Annual administration report of the Civil Veterinary Department of India - 1897-1898
Year: 1897
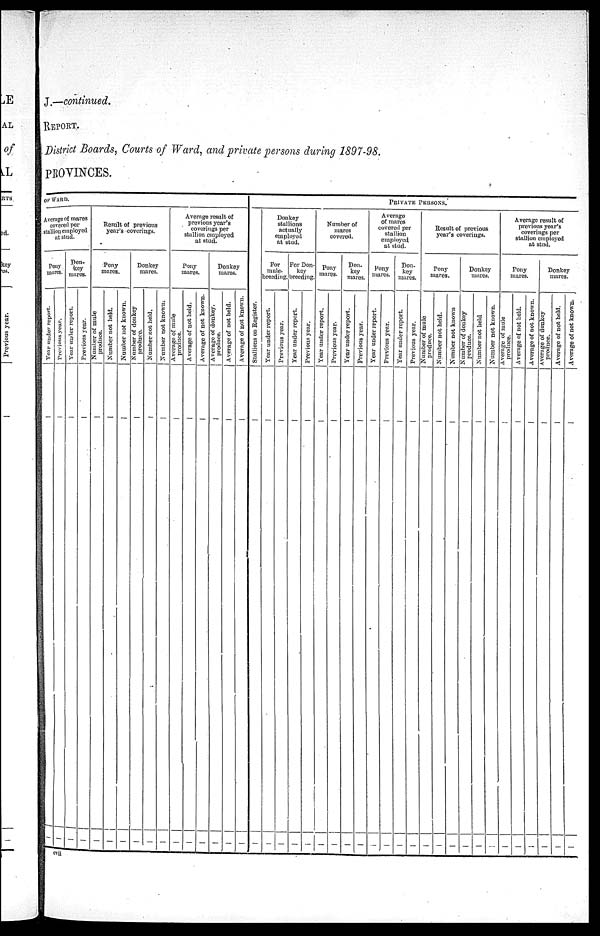
J.—continued.
REPORT.
District Boards, Courts of Ward, and private persons during 1897—98.
PROVINCES.
OF WARD
Average of mares
covered per
stallion employed
at stud.
Pony
mares.
Year under report.
—
—
Previous year.
—
—
Don—
key
mares.
Year under report.
—
—
Previous year.
—
—
Result of previous
year's coverings.
Pony
mares.
Number of mule
produce.
—
—
Number not held.
—
—
Number not known.
—
—
Donkey
mares.
Number of donkey
produce.
—
—
Number not held.
—
—
Number not known.
—
—
Average result of
previous year's
coverings per
stallion employed
at stud.
Pony
mares
Average of mule
produce.
—
Average of not held.
—
—
Average of not known.
—
Donkey
mares.
Average of donkey-
produce.
—
Average of not held.
—
Average of not known.
—
PRIVATE
PERSONS.
Stallions on Register.
—
—
Donkey
stallions
actually
employed
at stud.
For
mul e—
breeding.
Year under report.
—
Previous year.
—
For Don-
key
breeding.
Year under report.
—
Previous year.
—
Number of
mares
covered.
Pony
mares.
Year under report.
—
—
Previous year.
—
Don-
key
mares.
Year under report.
—
Previous year.
—
Average
of mares
covered per
stallion
employed
at stud.
Pony
mares.
Year under report.
—
—
Previous year.
—
—
Don-
key
mares.
Year under report.
—
Previous year.
—
—
Result of previous
year's coverings.
Pony
mares
Number
of mule
produce.
—
—
Number not held.
—
Number not known
—
—
Donkey
mares.
Number of donkey
produce.
—
—
Number not held
—
Number not known.
—
—
Average result of
previous year's
coverings per
stallion employed
at stud.
Pony
mares
Average of mule
produce.
—
—
Average of not held.
—
—
Average of not known.
—
—
Donkey
mares.
Average of donkey
produce.
—
Average of not held.
—
Average of not known.
—
—
cvii